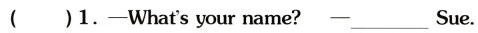
( )1.-What'syour name?-________Sue.